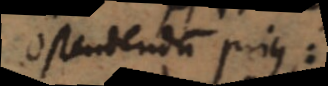
Ostendendum prius: